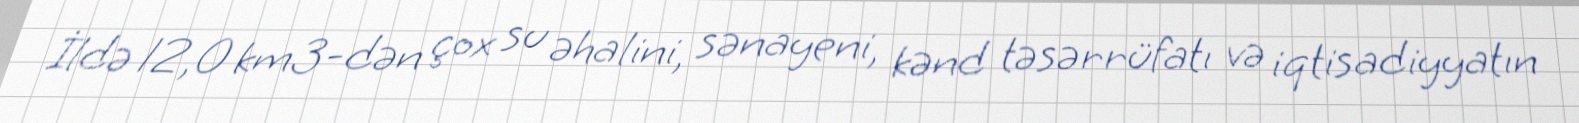
İldə 12,0 km3-dən çox su əhalini, sənayeni, kənd təsərrüfatı və iqtisadiyyatın